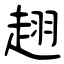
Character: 趐